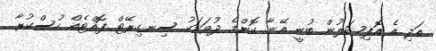
އަދި އެ އޮފިޝަލުން ބުނީ އޭނާ ކޮންމެ ދުވަހަކު ސިނގިރޭޓް ފޮއްޓެއް ހުސްކުރާ